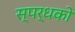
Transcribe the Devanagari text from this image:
स्पर्धको